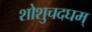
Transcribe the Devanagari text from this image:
शोशुचदघम्